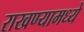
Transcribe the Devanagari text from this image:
राखण्यामध्ये